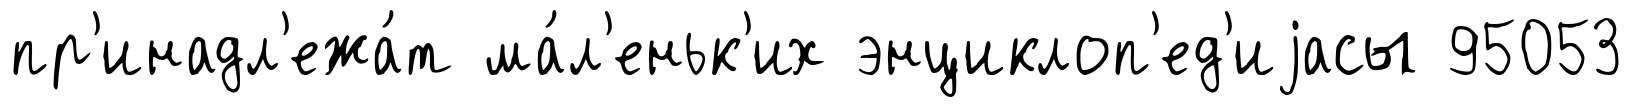
пр'инадл'ежа́т ма́л'еньк'их энциклоп'ед'иjасы 95053